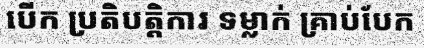
បើក ប្រតិបត្តិការ ទម្លាក់ គ្រាប់បែក